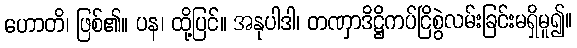
ဟောတိ၊ ဖြစ်၏။ ပန၊ ထို့ပြင်။ အနုပါဒါ၊ တဏှာဒိဋ္ဌိကပ်ငြိစွဲလမ်းခြင်းမရှိမူ၍။